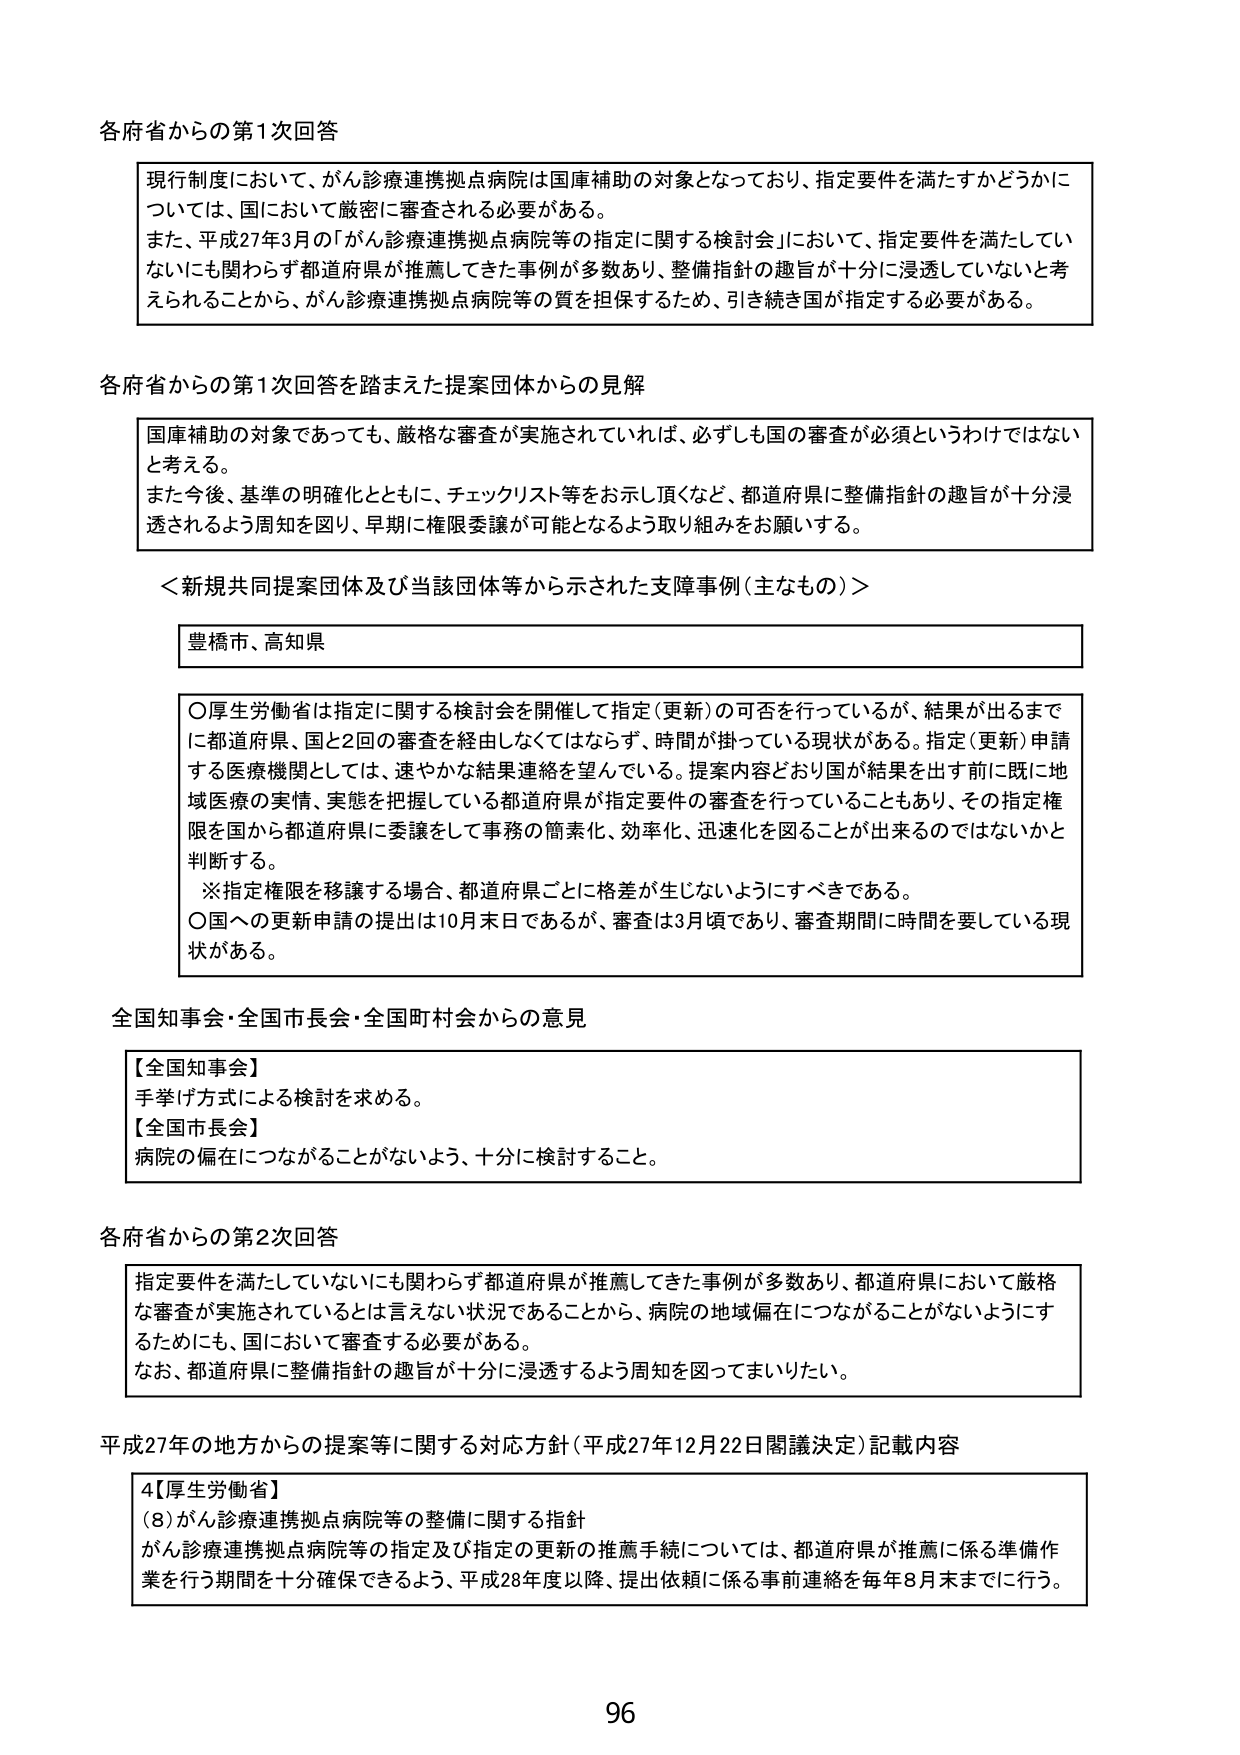
各府省からの第1次回答

現行制度において、がん診療連携拠点病院は国庫補助の対象となっており、指定要件を満たすかどうかについては、国において厳密に審査される必要がある。
また、平成27年3月の「がん診療連携拠点病院等の指定に関する検討会」において、指定要件を満たしていないにも関わらず都道府県が推薦してきた事例が多数あり、整備指針の趣旨が十分に浸透していないと考えられることから、がん診療連携拠点病院等の質を担保するため、引き続き国が指定する必要がある。

各府省からの第1次回答を踏まえた提案団体からの見解

国庫補助の対象であっても、厳格な審査が実施されていれば、必ずしも国の審査が必須というわけではないと考える。
また今後、基準の明確化とともに、チェックリスト等をお示し頂くなど、都道府県に整備指針の趣旨が十分浸透されるよう周知を図り、早期に権限委譲が可能となるよう取り組みをお願いする。

＜新規共同提案団体及び当該団体等から示された支障事例（主なもの）＞

豊橋市、高知県

○厚生労働省は指定に関する検討会を開催して指定（更新）の可否を行っているが、結果が出るまでに都道府県、国と2回の審査を経由しなくてはならず、時間が掛っている現状がある。指定（更新）申請する医療機関としては、速やかな結果連絡を望んでいる。提案内容どおり国が結果を出す前に既に地域医療の実情、実態を把握している都道府県が指定要件の審査を行っていることもあり、その指定権限を国から都道府県に委譲をして事務の簡素化、効率化、迅速化を図ることが出来るのではないかと判断する。
※指定権限を移譲する場合、都道府県ごとに格差が生じないようにすべきである。
○国への更新申請の提出は10月末日であるが、審査は3月頃であり、審査期間に時間を要している現状がある。

全国知事会・全国市長会・全国町村会からの意見

【全国知事会】
手挙げ方式による検討を求める。
【全国市長会】
病院の偏在につながることがないよう、十分に検討すること。

各府省からの第2次回答

指定要件を満たしていないにも関わらず都道府県が推薦してきた事例が多数あり、都道府県において厳格な審査が実施されているとは言えない状況であることから、病院の地域偏在につながることがないようにするためにも、国において審査する必要がある。
なお、都道府県に整備指針の趣旨が十分に浸透するよう周知を図ってまいりたい。

平成27年の地方からの提案等に関する対応方針（平成27年12月22日閣議決定）記載内容

4【厚生労働省】
（8）がん診療連携拠点病院等の整備に関する指針
がん診療連携拠点病院等の指定及び指定の更新の推薦手続については、都道府県が推薦に係る準備作業を行う期間を十分確保できるよう、平成28年度以降、提出依頼に係る事前連絡を毎年8月末までに行う。

96